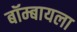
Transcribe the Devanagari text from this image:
बॉम्बायला